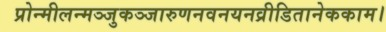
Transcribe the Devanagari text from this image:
प्रोन्मीलन्मञ्जुकञ्जारुणनवनयनव्रीडितानेककाम।